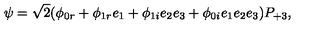
\psi = \sqrt { 2 } ( \phi _ { 0 r } + \phi _ { 1 r } e _ { 1 } + \phi _ { 1 i } e _ { 2 } e _ { 3 } + \phi _ { 0 i } e _ { 1 } e _ { 2 } e _ { 3 } ) P _ { + 3 } ,